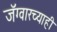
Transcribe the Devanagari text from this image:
जॅग्वारच्याही